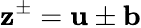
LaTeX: \textbf{z}^{\pm}=\textbf{u}\pm\textbf{b}